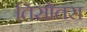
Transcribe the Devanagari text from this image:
तिसोतरा